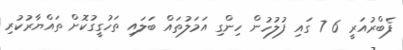
ފެބްރުއަރީ 6 7 ގައި ފުލުހުން ހިންގި އަމަލުތައް ބަލައި ތަހުގީގުކޮށް ތައްޔާރުކުރި